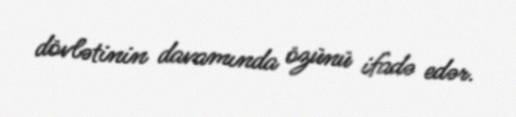
dövlətinin davamında özünü ifadə edər.